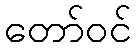
တော်ဝင်